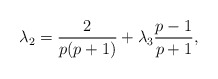
\begin{align*}\lambda_2 = \frac{2}{p(p+1)} +\lambda_3 \frac{p-1}{p+1},\end{align*}